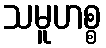
သမူဟစ္စ